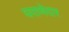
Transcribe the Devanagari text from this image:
घराणेदार